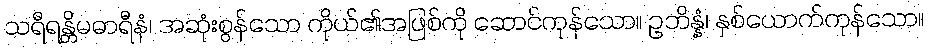
သရီရန္တိမဓာရီနံ၊ အဆုံးစွန်သော ကိုယ်၏အဖြစ်ကို ဆောင်ကုန်သော။ ဥဘိန္နံ၊ နှစ်ယောက်ကုန်သော။